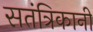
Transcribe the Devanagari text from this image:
सतंत्रिकानी